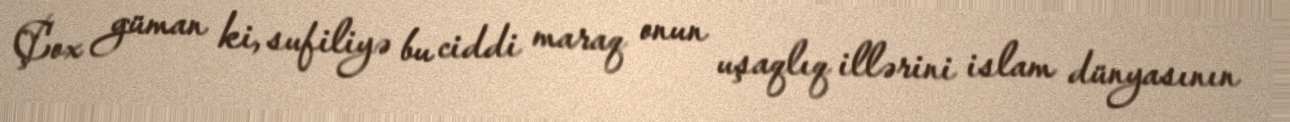
Çox güman ki, sufiliyə bu ciddi maraq onun uşaqlıq illərini islam dünyasının